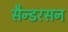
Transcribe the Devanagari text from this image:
सैन्डरसन